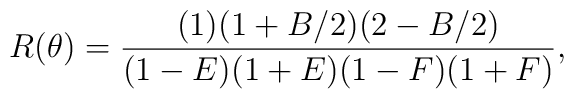
R(\theta)=\frac{(1)(1+B/2)(2-B/2)}{(1-E)(1+E)(1-F)(1+F)},